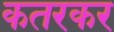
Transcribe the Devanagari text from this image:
कतरकर